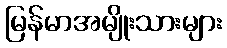
မြန်မာအမျိုးသားများ